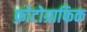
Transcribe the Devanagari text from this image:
फ़ोटोग्राफिक